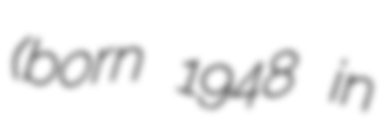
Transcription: (born 1948 in